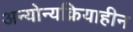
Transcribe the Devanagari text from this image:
अन्योन्यक्रियाहीन